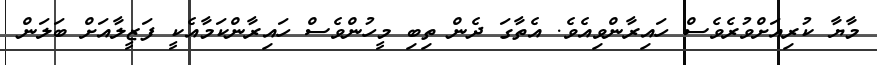
މާޔާ ކުރިއަށްވުރެވެސް ހައިރާންވިއެވެ. އެތާގަ ދެން ތިބި މީހުންވެސް ހައިރާންކަމާއެކީ ފަޒީލާއަށް ބަލަން